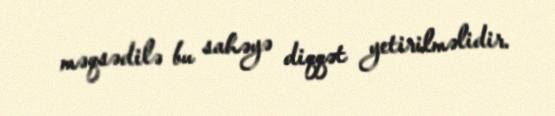
məqsədilə bu sahəyə diqqət yetirilməlidir.